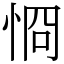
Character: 㤯